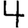
Digit: 4